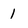
Character: 1